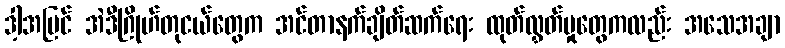
ဒါ့အပြင် အဲဒီဂြိုဟ်တုငယ်တွေက အင်တာနက်ချိတ်ဆက်ရေး ထုတ်လွှတ်မှုတွေကလည်း အသေအချာ